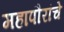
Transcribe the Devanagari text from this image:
महापौरांचे